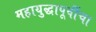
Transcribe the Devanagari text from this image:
महायुद्धापूर्वीचा